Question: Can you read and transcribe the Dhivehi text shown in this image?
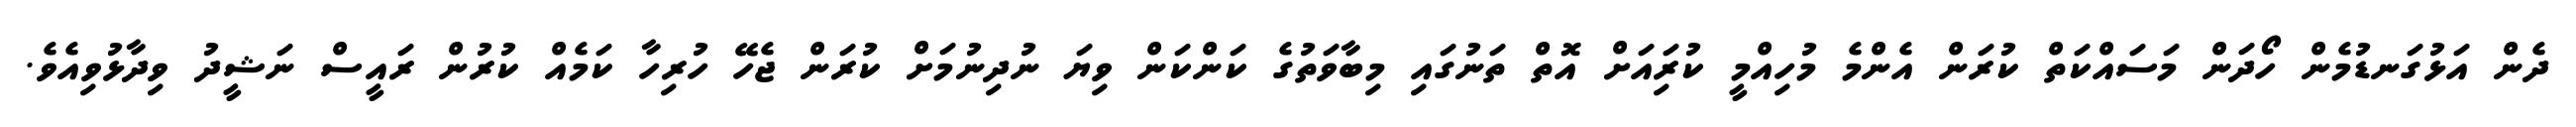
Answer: ދެން އަޅުގަނޑުމެން ހޯދަން މަސައްކަތް ކުރަން އެންމެ މުހިއްމީ ކުރިައަށް އޮތް ތަނުގައި މިބާވަތުގެ ކަންކަން ވިޔަ ނުދިނުމަށް ކުރަން ޖެހޭ ހުރިހާ ކަމެއް ކުރުން ރައީސް ނަޝީދު ވިދާޅުވިއެވެ.